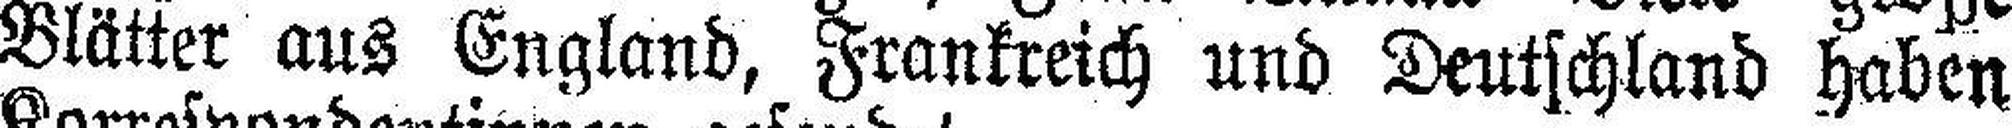
Blätter aus England, Frankreich und Deutschland haben